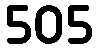
505